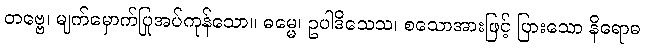
တဗ္ဗေ၊ မျက်မှောက်ပြုအပ်ကုန်သော။ ဓမ္မေ၊ ဥပါဒိသေသ၊ စသောအားဖြင့် ပြားသော နိရောဓ